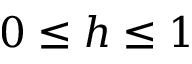
0 \leq h \leq 1